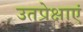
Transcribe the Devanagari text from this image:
उतप्रेक्षाएं